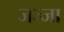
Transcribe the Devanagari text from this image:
जज्जा